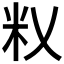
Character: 𰪦